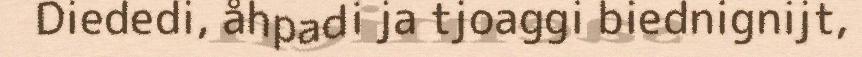
Diededi, åhpadi ja tjoaggi biednignijt,